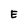
Character: E